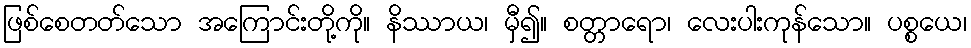
ဖြစ်စေတတ်သော အကြောင်းတို့ကို။ နိဿာယ၊ မှီ၍။ စတ္တာရော၊ လေးပါးကုန်သော။ ပစ္စယေ၊